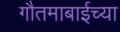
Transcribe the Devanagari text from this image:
गौतमाबाईच्या